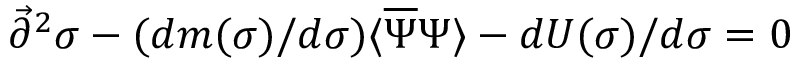
{ \vec { \partial } } ^ { 2 } \sigma - ( d m ( \sigma ) / d \sigma ) \langle { \overline { { \Psi } } } \Psi \rangle - d U ( \sigma ) / d \sigma = 0